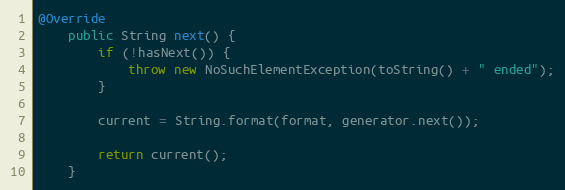
Language: Java
@Override
	public String next() {
		if (!hasNext()) {
			throw new NoSuchElementException(toString() + " ended");
		}

		current = String.format(format, generator.next());

		return current();
	}